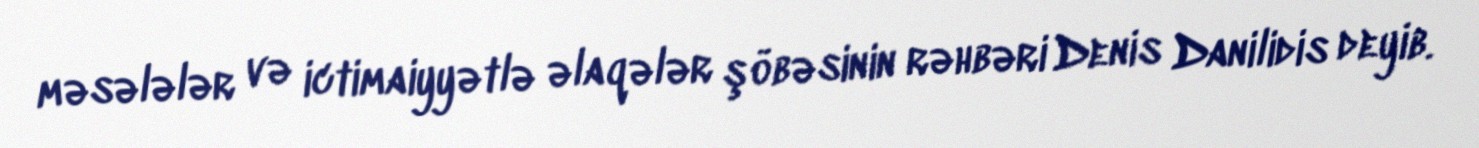
məsələlər və ictimaiyyətlə əlaqələr şöbəsinin rəhbəri Denis Danilidis deyib.